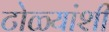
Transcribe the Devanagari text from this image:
टोळ्यांशी